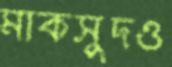
মাকসুদও